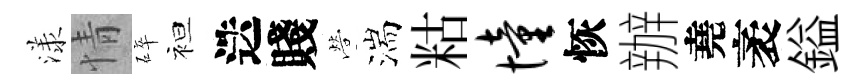
漾情碎袒迭賤營湍䊀憧恢辦堯袤鎰